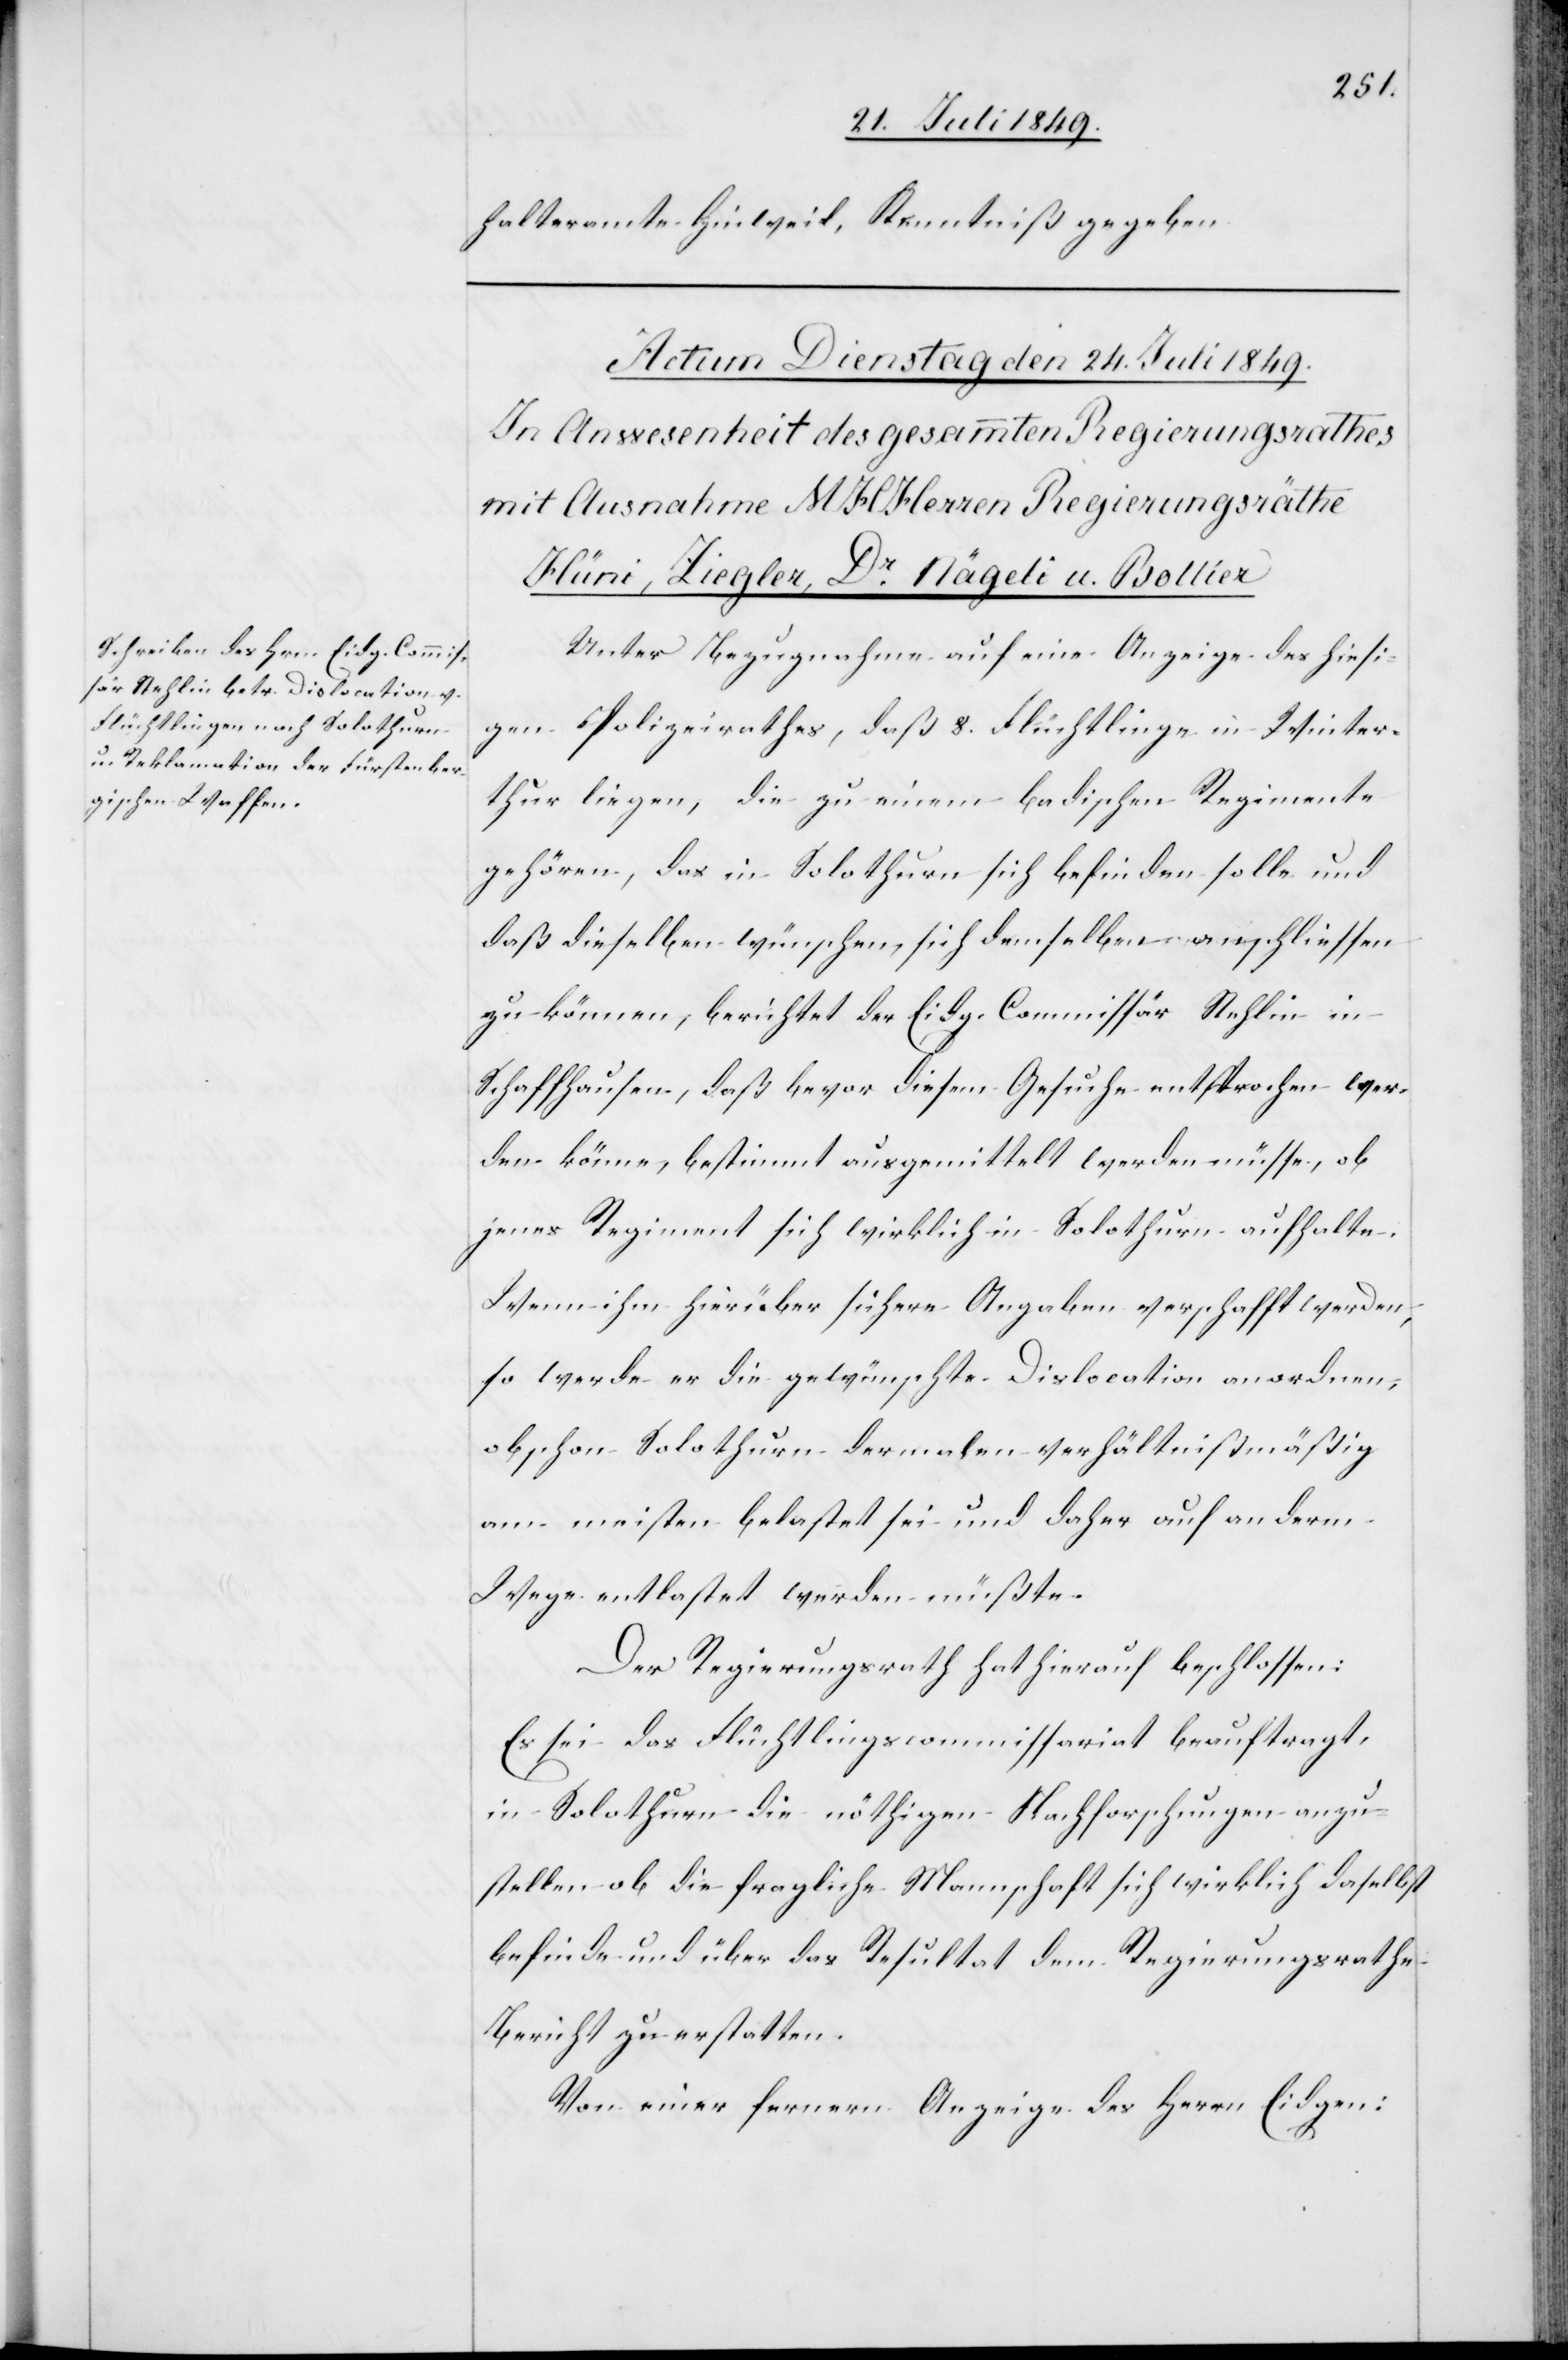
halteramte Hinweil, Kenntniß gegeben.
Unter Bezugnahme auf eine Anzeige des hiesi¬
gen Polizeirathes, daß 8. Flüchtlinge in Winter¬
thur liegen, die zu einem badischen Regimente
gehören, das in Solothurn sich befinden solle und
daß dieselben wünschen, sich demselben anschliessen
zu können, berichtet der Eidg. Commissär Stehlin in
Schaffhausen, daß bevor diesem Gesuche entsprochen wer¬
den könne, bestimmt ausgemittelt werden müsse, ob
jenes Regiment sich wirklich in Solothurn aufhalte.
Wenn ihm hierüber sichere Angaben verschafft werden,
so werde er die gewünschte Dislocation anordnen,
obschon Solothurn dermalen verhältnißmäßig
am meisten belastet sei und daher auf anderm
Wege entlastet werden müßte.
Der Regierungsrath hat hierauf beschlossen:
Es sei das Flüchtlingscommissariat beauftragt,
in Solothurn die nöthigen Nachforschungen anzu¬
stellen ob die fragliche Mannschaft sich wirklich daselbst
befinde und über das Resultat dem Regierungsrathe
Bericht erstatten.
Von einer fernern Anzeige des Herrn Eidgen: